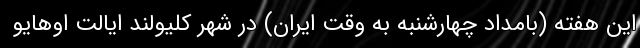
این هفته (بامداد چهارشنبه به وقت ایران) در شهر کلیولند ایالت اوهایو